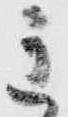
主